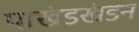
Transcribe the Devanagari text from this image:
पाखंडखंडन